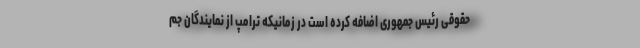
حقوقی رئیس جمهوری اضافه کرده است در زمانیکه ترامپ از نمایندگان جم